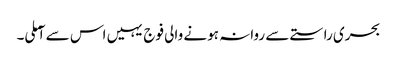
بحری راستے سے روانہ ہونے والی فوج یہیں اس سے آملی۔